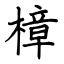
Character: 樟